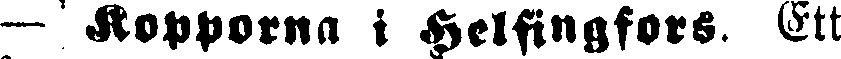
— Kopporna i Helsingfors. Ett